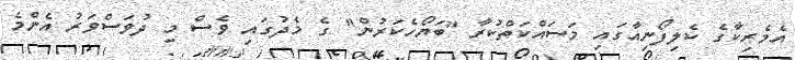
އެމެރިކާގެ ކެލިފޯނިއާގައި މަސައްކަތްކުރާ "ބަޔޯހެކަރުން" ގެ މެދުގައި ވެސް މި ދުވަސްވަރު އެންމެ